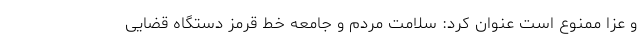
و عزا ممنوع است عنوان کرد: سلامت مردم و جامعه خط قرمز دستگاه قضایی